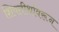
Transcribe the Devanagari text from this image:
शिवतीर्थावरून